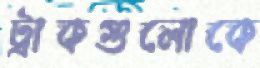
ট্রাকগুলোকে